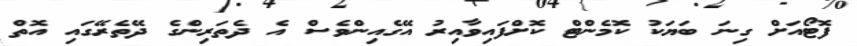
ފޮޓޯއަށް ގިނަ ބަޔަކު ކޮމެންޓް ކޮށްފައިވާއިރު އޭގެއިންވެސް އެ ދެތަރިންގެ ދޭތެރޭގައި އޮތް